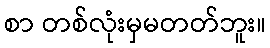
စာ တစ်လုံးမှမတတ်ဘူး။